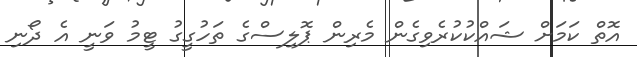
އޮތް ކަމަށް ޝައްކުކުރެވިގެން މެރިން ޕޮލިސްގެ ތަހުގީގު ޓީމު ވަނީ އެ ދޯނި